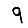
Digit: 9